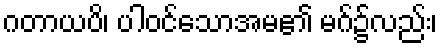
ဂတာယပိ၊ ပါဝင်သောအမ၏ မဂ်၌လည်း၊